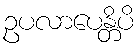
ဥပလာပေန္တိပိ